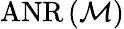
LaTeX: \operatorname{ANR}\left({\mathcal{M}}\right)